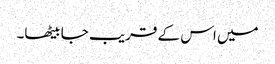
میں اس کے قریب جا بیٹھا۔